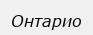
Онтарио